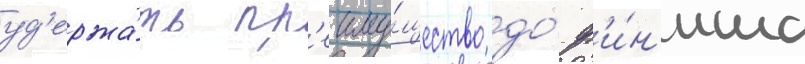
уд'ержа́ть пр'еиму́щество до́ ф'и́н'иша